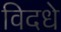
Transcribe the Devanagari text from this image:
विदधे